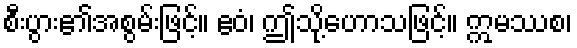
စီးပွား၏အစွမ်းဖြင့်။ ဧဝံ၊ ဤသို့ဟောသဖြင့်။ ဣမဿစ၊